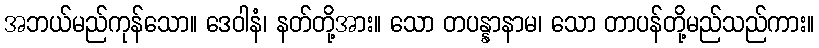
အဘယ်မည်ကုန်သော။ ဒေဝါနံ၊ နတ်တို့အား။ သော တပန္နာနာမ၊ သော တာပန်တို့မည်သည်ကား။